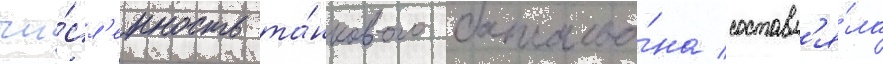
чи́сл'енность та́нкового батальо́на составл'я́ла